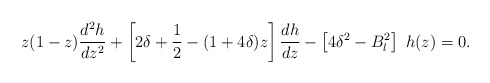
\begin{align*}z(1-z) \frac{d^2h}{dz^2} + \left[ 2\delta + {1\over 2} - (1+4\delta) z \right] \frac{dh}{dz} - \left[4\delta^2-B_l^2 \right] ~ h(z)=0.\end{align*}